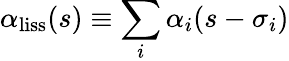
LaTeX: \alpha_{\mathrm{{liss}}}(s)\equiv\sum_{i}\alpha_{i}(s-\sigma_{i})